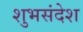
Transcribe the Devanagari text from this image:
शुभसंदेश